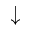
\downarrow